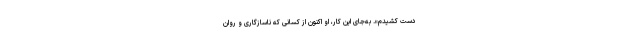
دست کشیدم». به‌جای این کار، او اکنون از کسانی که ناسازگاری و روان